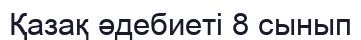
Қазақ әдебиеті 8 сынып